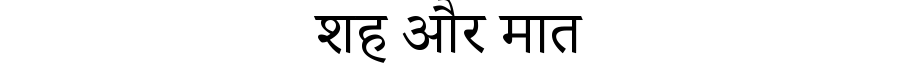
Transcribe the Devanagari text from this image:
शह और मात